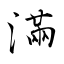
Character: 滿